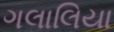
ગલાલિયા